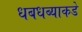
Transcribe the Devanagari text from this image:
धबधब्याकडे